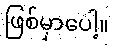
ဖြစ်မှာပေါ့။